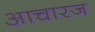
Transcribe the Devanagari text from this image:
आचारज